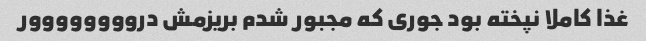
غذا کاملا نپخته بود جوری که مجبور شدم بریزمش دروووووووور